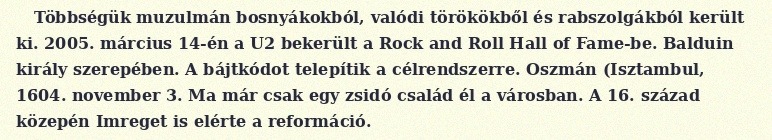
Többségük muzulmán bosnyákokból, valódi törökökből és rabszolgákból került ki. 2005. március 14-én a U2 bekerült a Rock and Roll Hall of Fame-be. Balduin király szerepében. A bájtkódot telepítik a célrendszerre. Oszmán (Isztambul, 1604. november 3. Ma már csak egy zsidó család él a városban. A 16. század közepén Imreget is elérte a reformáció.